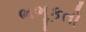
ભભૂકતો